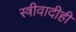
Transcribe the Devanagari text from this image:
स्त्रीवादीही